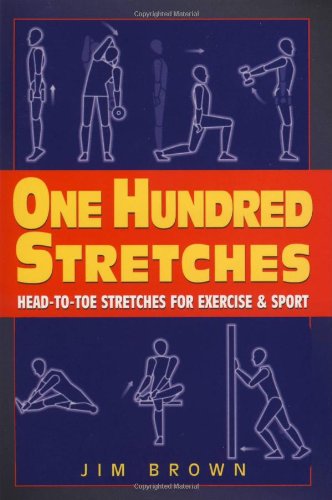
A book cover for One Hundred Stretches: Head to Toe Stretches for Exercises & Sports; Jim Brown; Health, Fitness & Dieting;